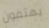
يهتفون